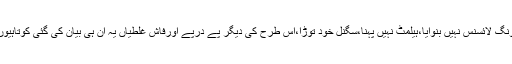
مثلاً تم نے ڈرائیونگ لائسنس نہیں بنوایا،ہیلمٹ نہیں پہنا،سگنل خود توڑا،اس طرح کی دیگر پے درپے اورفاش غلطیاں یہ ان ہی بیان کی گئی کوتاہیوں سے متعلق ہیں۔